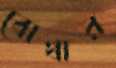
বোথার